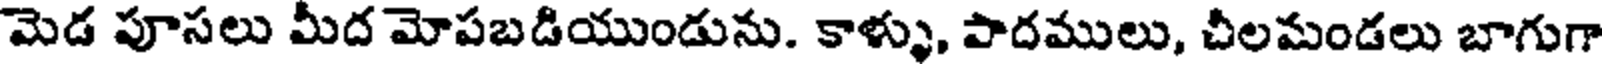
మెడ పూసలు మీద మోపబడియుండును. కాళ్ళు, పాదములు, చీలమండలు బాగుగా